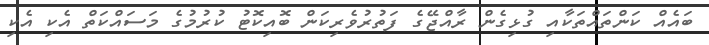
ބައެއް ކަންތައްތަކާއި ގުޅިގެން ރާއްޖޭގެ ފަތުރުވެރިކަން ބޮއިކޮޓު ކުރުމުގެ މަސައްކަތް އެކި އެކި